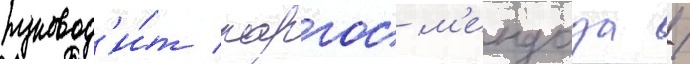
руковод'и́т карлос м'ендоза /